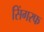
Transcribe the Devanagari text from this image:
सिंगरफ